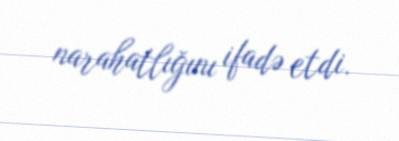
narahatlığını ifadə etdi.